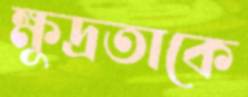
ক্ষুদ্রতাকে